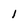
Character: I